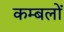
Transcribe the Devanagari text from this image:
कम्बलों